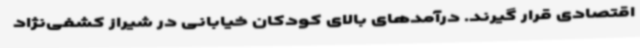
اقتصادی قرار گیرند. درآمدهای بالای کودکان خیابانی در شیراز کشفی‌نژاد